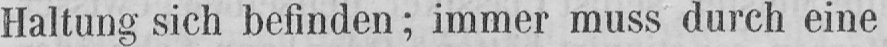
Haltung sich befinden; immer muss durch eine